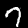
Label: 7